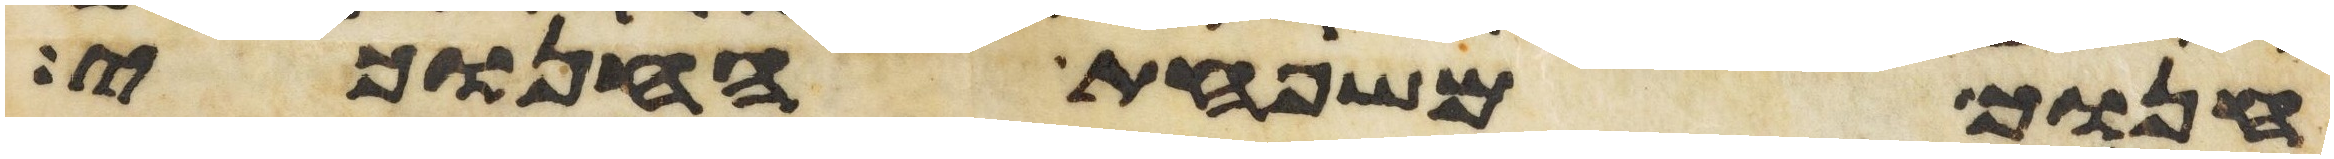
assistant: חנוך משפחת החנוכי